Indian journal of veterinary science and animal husbandry - Volume 13,
Year: 1943
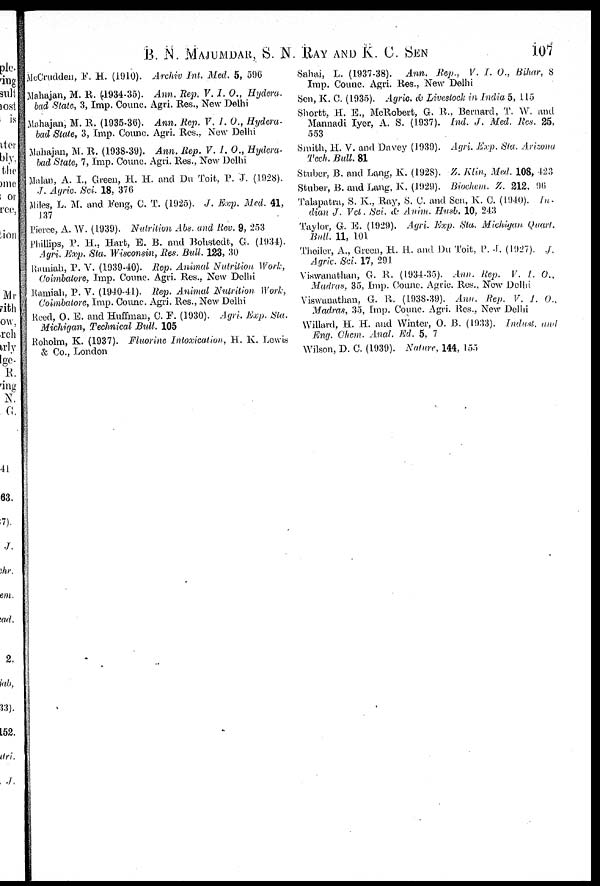
B. N. MAJUMDAR, S. N. RAY AND K. C.
SEN
107
McCrudden, F. H. (1910). Archiv Int. Med. 5, 596
Mahajan, M. R. (1934-35). Ann, Rep. V. I. O., Hydera-
bad State, 3, Imp. Coune. Agri. Res., New Delhi
Mahajan, M. R. (1935-30). Ann. Rep. V. I. O., Hydera-
bad Stale, 3, Imp. Coune. Agri. Res., New Delhi
Mahajan, M. R. (1938-39). Ann. Rep. V. I. O., Hydera-
bad State, 7, Imp. Coune. Agri. Res., New Delhi
Malan, A. I., Green, H. H. and Du Toit, P. J. (1928).
J. Agric. Sci. 18, 376
Miles, L. M. and Feng, C. T. (1925). J. Exp. Med. 41,
137
Pierce, A. W. (1939). Nutrition Abs. and Rev. 9, 253
Phillips, P. H., Hart, E. B. and Bohstedt, G. (1934).
Agri. Exp. Sta. Wisconsin, Res. Bull. 123, 30
Ramiah, P. Y. (1939-40). Rep. Animal Nutrition, Work,
Coimbatore, Imp. Coune. Agri. Res., New Delhi
Ramiah, P. V. (1940-41). Rep. Animal Nutrition Work,
Coimbatore, Imp. Coune. Agri. Res., New Delhi
Reed, O. E. and Huffman, C. F. (1930). Agri, Exp. Sta.
Michigan, Technical Bull. 105
Roholm, K. (1937). Fluorine Intoxication, H. K. Lewis
& Co., London
Sahai, L. (1937-38). Ann. Rep., V. I. O., Bihar, 8
Imp. Coune. Agri. Res., New Delhi
Sen, K. C. (1935). Agric. & Livestock in India 5, 115
Shortt, H. E„ McRobert, G. R. ; Bernard, T. W. and
Mannadi Iyer, A. S. (1937). Ind. J. Med. Res. 25,
553
Smith, H. V. and Davey (1939). Agri. Exp. Sta. Arizona
Tech, Bull. 81
Stuber, B. and Lang, K. (1928). Z. Klin, Med. 108, 423
Stuber, B. and Lang, K. (1929). Biochem. Z. 212, 96
Talapatra, S. K., Ray, S. C. and Sen, K. C. (1940). In-
dian J. Vet. Sci. & Anim. Husb. 10, 243
Taylor, G. E. (1929). Agri. Exp. Sta. Michigan. Quart,
Bull, 11, 101
Theiler, A., Green, H. H. and Du Toit. P.J. (1927). J.
Agric Sci, 17, 291
Viswanathan, G. R. (1934-35). Ann. Hep. V. I. O.,
Madras, 35, Imp. Coune. Agric. Res., New Delhi
Viswanathan, G. R. (1938-39). Ann. Rep. V. I. O.,
Madras, 35, Imp. Coune. Agri. Res., New Delhi
Willard, H. H. and Winter, O. B. (1933). Indust, and
Eng. Chem, Anal. Ed, 5, 7
Wilson, D. C. (1939). Nature, 144, 155